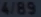
4/89